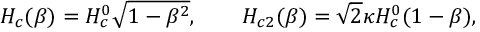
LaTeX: H _ { c } ( \beta ) = H _ { c } ^ { 0 } \sqrt { 1 - \beta ^ { 2 } } , \qquad H _ { c 2 } ( \beta ) = \sqrt { 2 } \kappa H _ { c } ^ { 0 } ( 1 - \beta ) ,